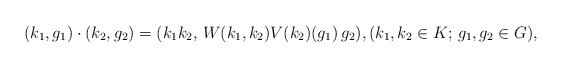
\begin{align*}(k_1, g_1)\cdot (k_2, g_2) = (k_1 k_2,\,W(k_1, k_2) V(k_2)(g_1)\, g_2),(k_1, k_2\in K;\, g_1, g_2\in G),\end{align*}